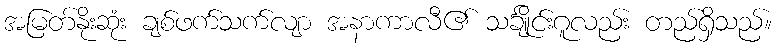
အမြတ်နိုးဆုံး ချစ်ဖက်သက်လျာ အနာကာလီ၏ သင်္ချိုင်းဂူလည်း တည်ရှိသည်။